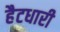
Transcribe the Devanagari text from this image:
हैटधारी